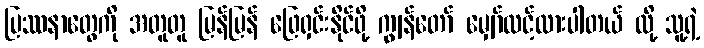
ပြဿနာတွေကို အတူတူ မြန်မြန် ဖြေရှင်းနိုင်ဖို့ ကျွန်တော် မျှော်လင့်ထားပါတယ် လို့ သူ့ရဲ့